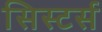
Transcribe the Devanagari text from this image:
सिस्टर्स